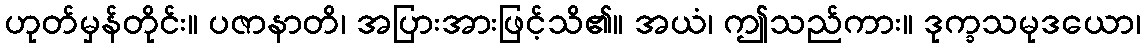
ဟုတ်မှန်တိုင်း။ ပဇာနာတိ၊ အပြားအားဖြင့်သိ၏။ အယံ၊ ဤသည်ကား။ ဒုက္ခသမုဒယော၊